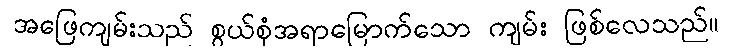
အဖြေကျမ်းသည် စွယ်စုံအရာမြောက်သော ကျမ်း ဖြစ်လေသည်။